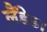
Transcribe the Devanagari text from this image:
लैंडेड।